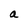
Character: a